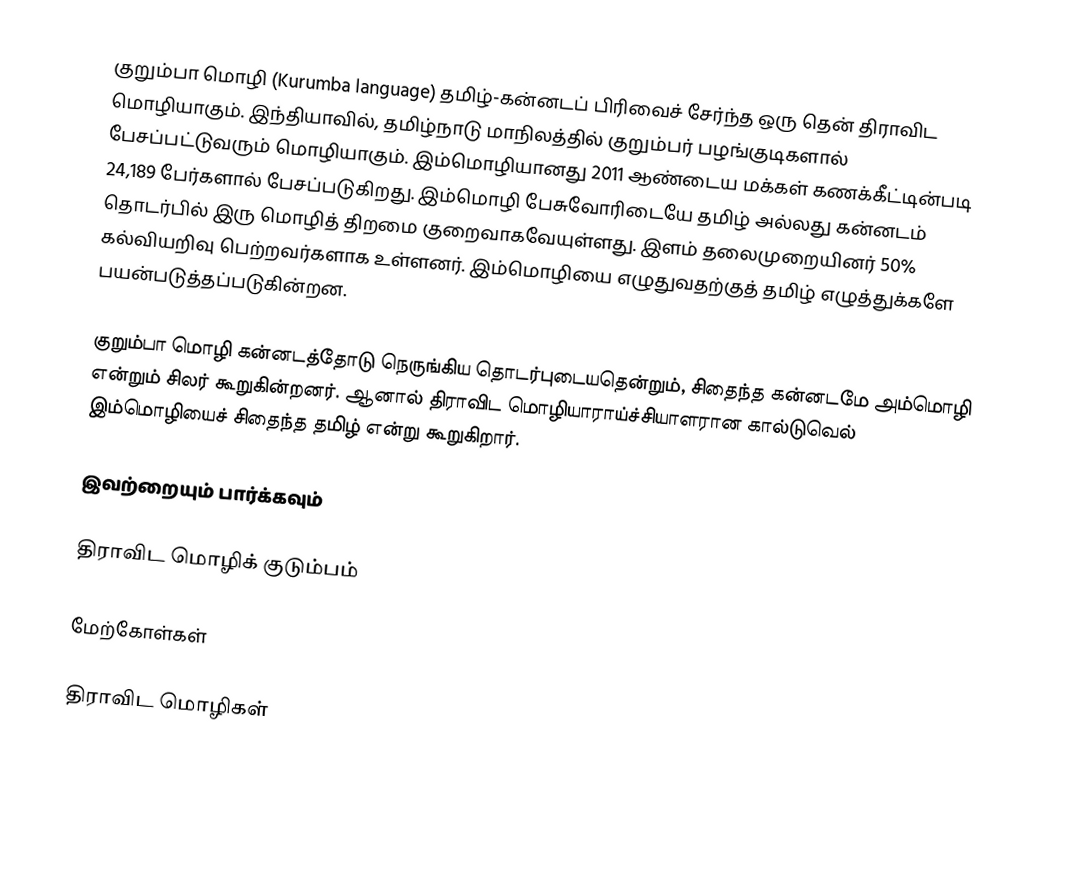
குறும்பா மொழி (Kurumba language) தமிழ்-கன்னடப் பிரிவைச் சேர்ந்த ஒரு தென் திராவிட மொழியாகும். இந்தியாவில், தமிழ்நாடு மாநிலத்தில் குறும்பர் பழங்குடிகளால் பேசப்பட்டுவரும் மொழியாகும். இம்மொழியானது 2011 ஆண்டைய மக்கள் கணக்கீட்டின்படி 24,189 பேர்களால் பேசப்படுகிறது.  இம்மொழி பேசுவோரிடையே தமிழ் அல்லது கன்னடம் தொடர்பில் இரு மொழித் திறமை குறைவாகவேயுள்ளது. இளம் தலைமுறையினர் 50% கல்வியறிவு பெற்றவர்களாக உள்ளனர். இம்மொழியை எழுதுவதற்குத் தமிழ் எழுத்துக்களே பயன்படுத்தப்படுகின்றன.

குறும்பா மொழி கன்னடத்தோடு நெருங்கிய தொடர்புடையதென்றும், சிதைந்த கன்னடமே அம்மொழி என்றும் சிலர் கூறுகின்றனர். ஆனால் திராவிட மொழியாராய்ச்சியாளரான கால்டுவெல் இம்மொழியைச் சிதைந்த தமிழ் என்று கூறுகிறார்.

இவற்றையும் பார்க்கவும்

 திராவிட மொழிக் குடும்பம்

மேற்கோள்கள்

திராவிட மொழிகள்